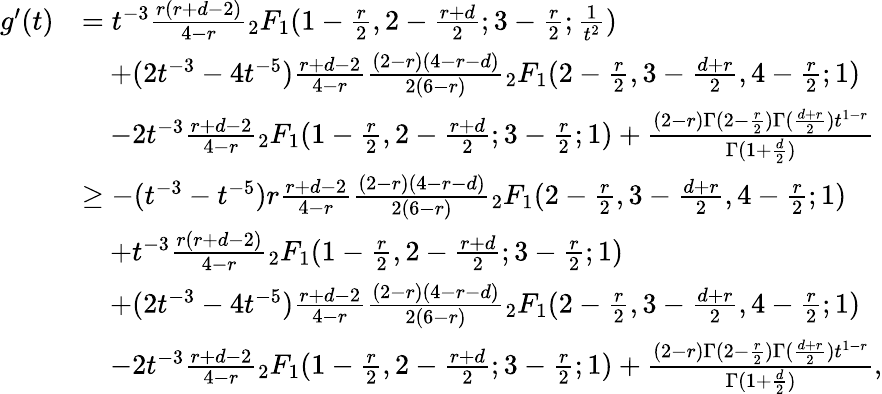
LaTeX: \begin{array}{rl}{g^{\prime}(t)}&{=t^{-3}\frac{r(r+d-2)}{4-r}{_2F_{1}}(1-\frac{r}{2},2-\frac{r+d}{2};3-\frac{r}{2};\frac{1}{t^{2}})}\\ &{\quad+(2t^{-3}-4t^{-5})\frac{r+d-2}{4-r}\frac{(2-r)(4-r-d)}{2(6-r)}{_2F_{1}}(2-\frac{r}{2},3-\frac{d+r}{2},4-\frac{r}{2};1)}\\ &{\quad-2t^{-3}\frac{r+d-2}{4-r}{_2F_{1}}(1-\frac{r}{2},2-\frac{r+d}{2};3-\frac{r}{2};1)+\frac{(2-r)\Gamma(2-\frac{r}2)\Gamma(\frac{d+r}{2})t^{1-r}}{\Gamma(1+\frac{d}{2})}}\\ &{\geq-(t^{-3}-t^{-5})r\frac{r+d-2}{4-r}\frac{(2-r)(4-r-d)}{2(6-r)}{_2F_{1}}(2-\frac{r}{2},3-\frac{d+r}{2},4-\frac{r}{2};1)}\\ &{\quad+t^{-3}\frac{r(r+d-2)}{4-r}{_2F_{1}}(1-\frac{r}{2},2-\frac{r+d}{2};3-\frac{r}{2};1)}\\ &{\quad+(2t^{-3}-4t^{-5})\frac{r+d-2}{4-r}\frac{(2-r)(4-r-d)}{2(6-r)}{_2F_{1}}(2-\frac{r}{2},3-\frac{d+r}{2},4-\frac{r}{2};1)}\\ &{\quad-2t^{-3}\frac{r+d-2}{4-r}{_2F_{1}}(1-\frac{r}{2},2-\frac{r+d}{2};3-\frac{r}{2};1)+\frac{(2-r)\Gamma(2-\frac{r}2)\Gamma(\frac{d+r}{2})t^{1-r}}{\Gamma(1+\frac{d}{2})},}\end{array}